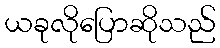
ယခုလိုပြောဆိုသည်